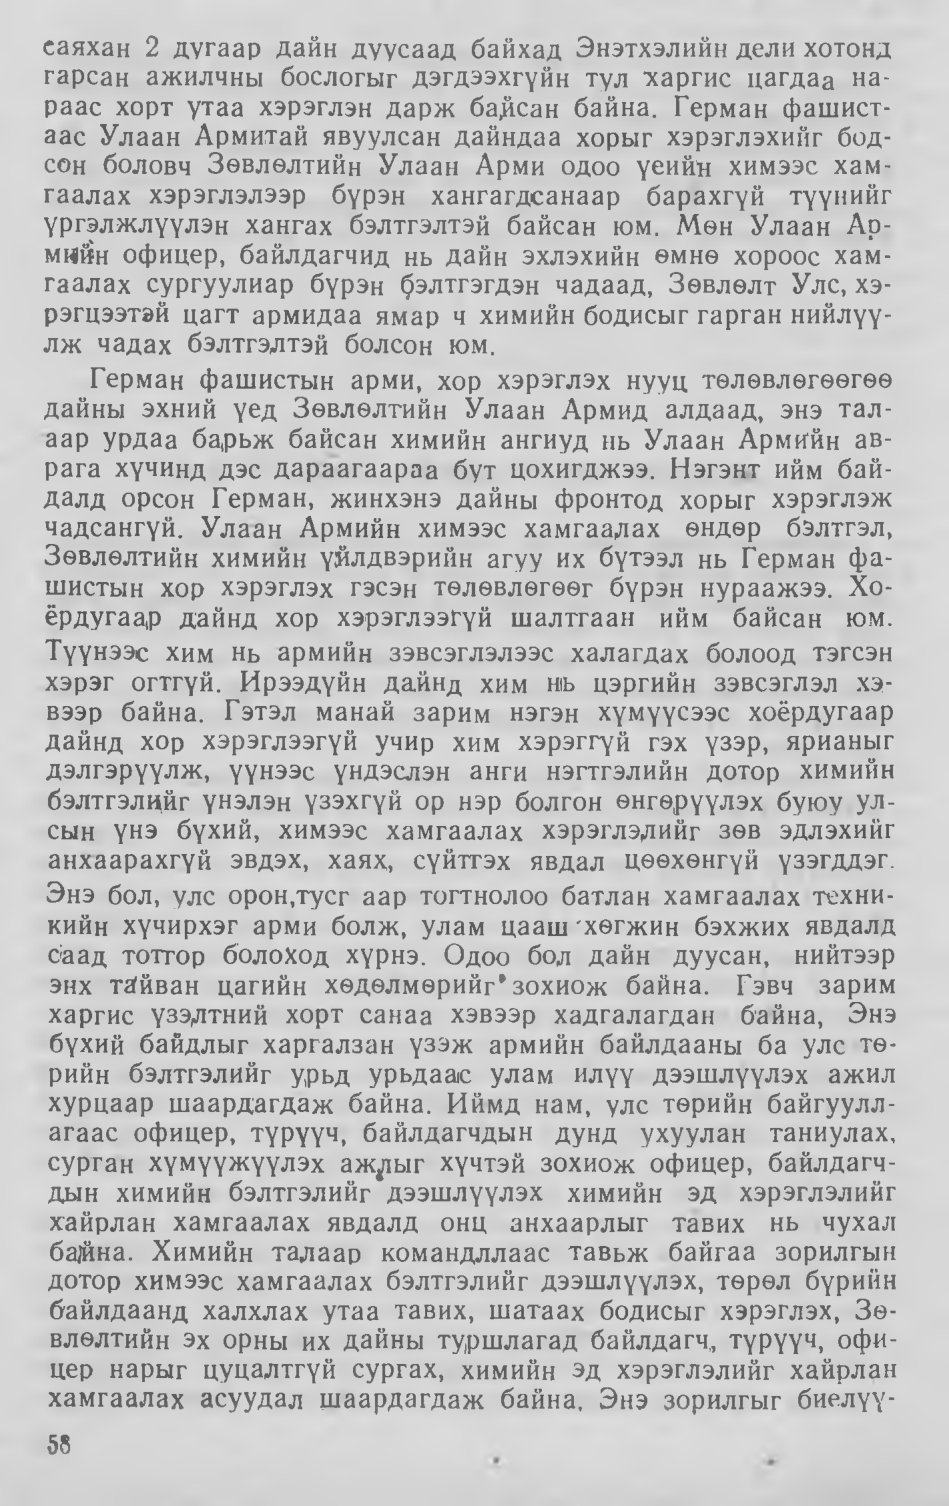
Language: mn